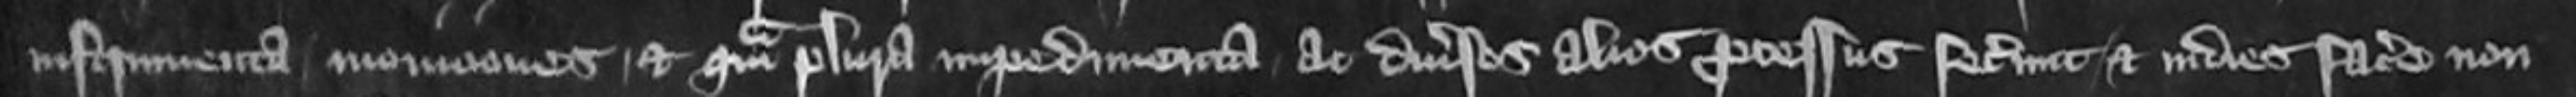
instrumenta moniciones et quam plura impedimenta ac diversos alios processus fecerunt et inde facere non